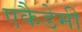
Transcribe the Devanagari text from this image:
एकैडेमी